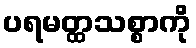
ပရမတ္ထသစ္စာကို